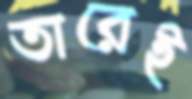
তারেই